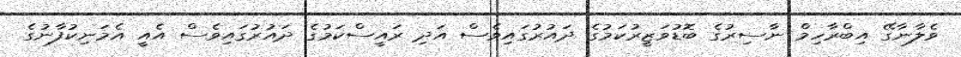
ވެލާނާގޭ އިބްރާހިމް ނާސިރުގެ ބޮޑުވަޒީރުކަމުގެ ދައުރުގައިވެސް އަދި ރައީސްކަމުގެ ދައުރުގައިވެސް އެއީ އެމަނިކުފާނުގެ